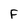
Character: F